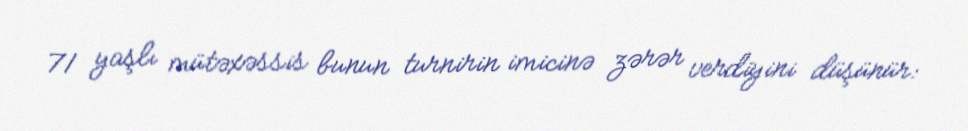
71 yaşlı mütəxəssis bunun turnirin imicinə zərər verdiyini düşünür: